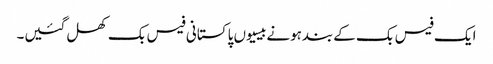
ایک فیس بک کےبندہونےبیسیوں پاکستانی فیس بک کھل گئیں۔